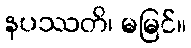
နပဿတိ၊ မမြင်။